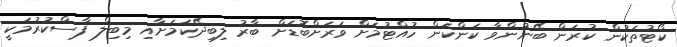
ކޯޓުތަކުން ކުރަން ބޭނުންވާ ކަންކަން ހުއްޓުމަށް ވަރަށްބޮޑަށް ބާރު ލިބިދޭކަމަށާއި މިބިލް ފާސްކުރުމަކީ